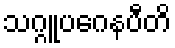
သဂ္ဂူပဂေနပီတိ